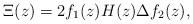
LaTeX: \begin{align*}\Xi(z)=2f_1(z)H(z)\Delta f_2(z), \end{align*}